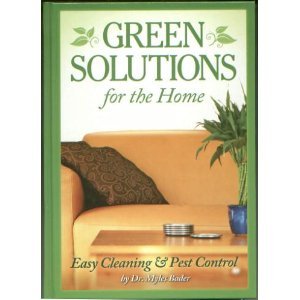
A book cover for Green Solutions For The Home Easy Cleaning & Pest Control; Myles Bader; Crafts, Hobbies & Home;